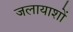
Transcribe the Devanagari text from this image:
जलायाशों